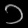
Digit: ၁